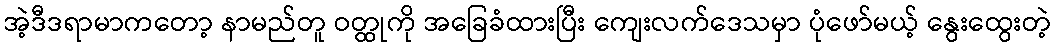
အဲ့ဒီဒရာမာကတော့ နာမည်တူ ဝတ္ထုကို အခြေခံထားပြီး ကျေးလက်ဒေသမှာ ပုံဖော်မယ့် နွေးထွေးတဲ့